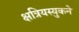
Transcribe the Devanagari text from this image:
क्षत्रियस्युकने